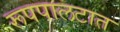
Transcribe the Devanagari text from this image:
रूपपालटात